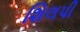
શિલપી